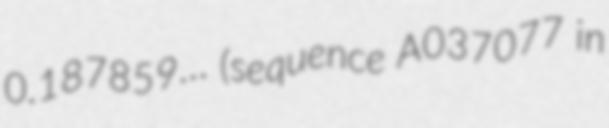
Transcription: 0.187859… (sequence A037077 in